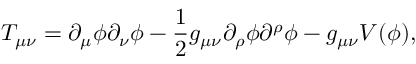
T _ { \mu \nu } = \partial _ { \mu } \phi \partial _ { \nu } \phi - \frac { 1 } { 2 } g _ { \mu \nu } \partial _ { \rho } \phi \partial ^ { \rho } \phi - g _ { \mu \nu } V ( \phi ) ,